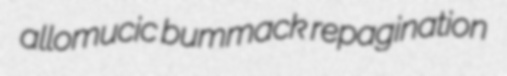
allomucic bummack repagination